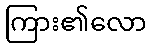
ကြား၏လော